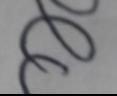
Signature authenticity: forged